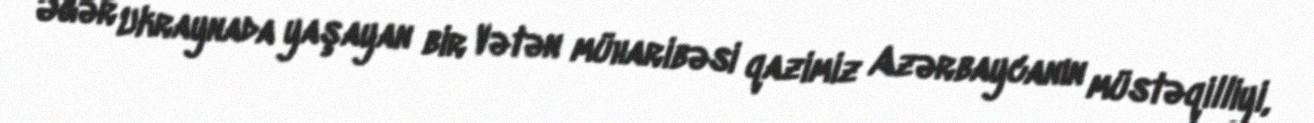
Əgər Ukraynada yaşayan bir Vətən müharibəsi qazimiz Azərbaycanın müstəqilliyi,